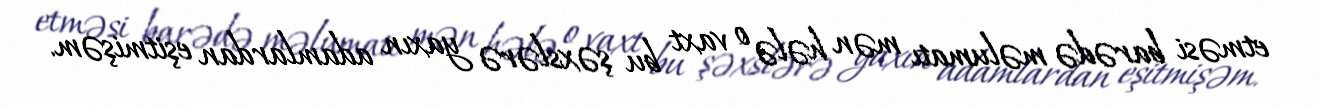
etməsi barədə məlumatı mən hələ o vaxt bu şəxslərə yaxın adamlardan eşitmişəm.